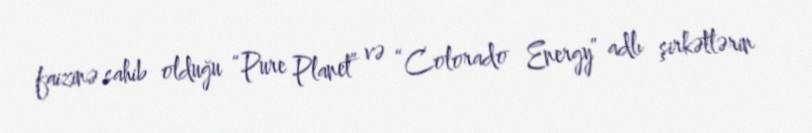
faizinə sahib olduğu “Pure Planet” və “Colorado Energy” adlı şirkətlərin